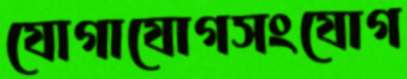
যোগাযোগসংযোগ